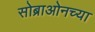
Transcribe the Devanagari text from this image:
सोब्राओनच्या